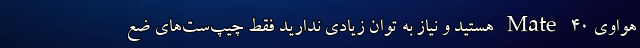
هواوی Mate 40 هستید و نیاز به توان زیادی ندارید فقط چیپ‌ست‌های ضع